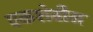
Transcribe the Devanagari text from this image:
एकशेवीस